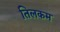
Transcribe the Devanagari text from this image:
तिलकम